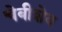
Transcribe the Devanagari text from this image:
चेबीशेव